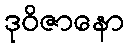
ဒုဝိဇာနော